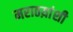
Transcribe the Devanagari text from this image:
मराठय़ांशी